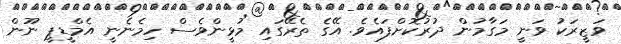
ވަޒީރަކު ވަނީ މަގާމުން ދުރުކޮށްފައެވެ. އޭގެ ތެރޭގައި މުޅީންވެސް ހިމެނެނީ އެމްޑީޕީ ނޫން